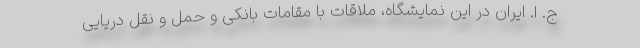
ج. ا. ایران در این نمایشگاه، ملاقات با مقامات بانکی و حمل و نقل دریایی